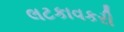
લટકાવકરી